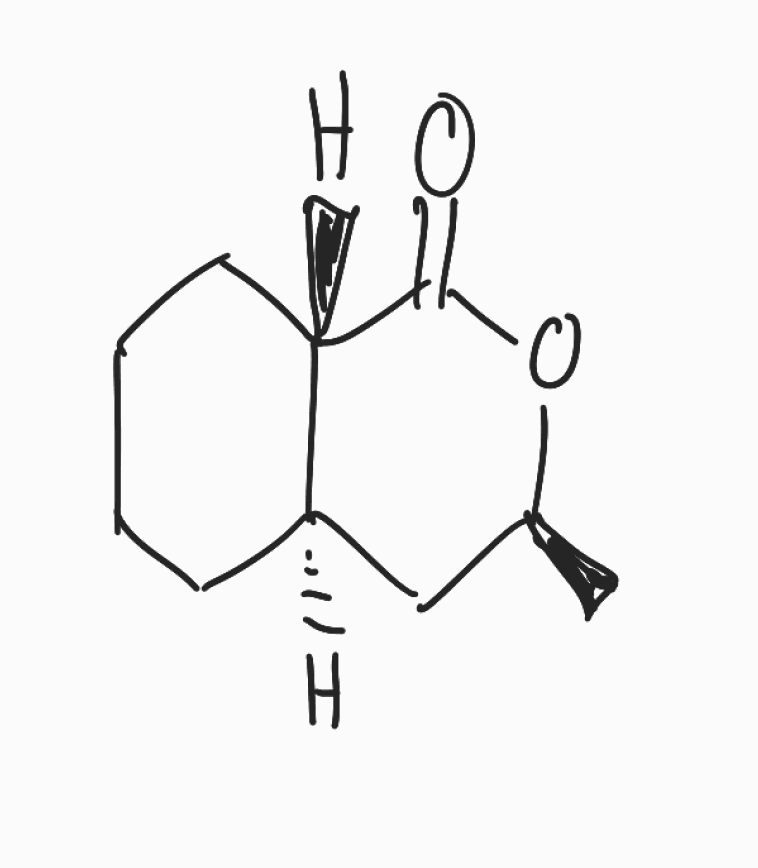
Simplified molecular-input line-entry system (SMILES) notation of the given molecule:
C[C@H]1C[C@H]2CCCC[C@@H]2C(=O)O1